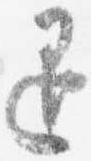
退